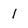
Character: 1